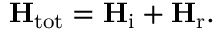
\mathbf { H } _ { \mathrm { t o t } } = \mathbf { H } _ { \mathrm { i } } + \mathbf { H } _ { \mathrm { r } } .